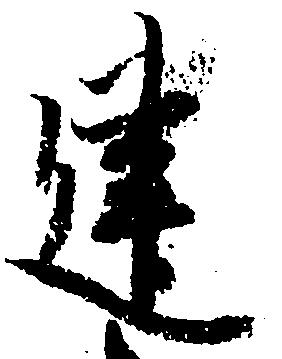
建